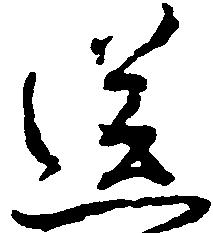
送